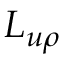
\ L _ { u \rho }